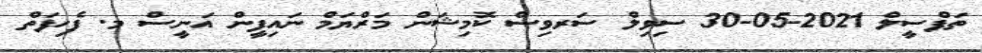
ތަފްސީލް 2021-05-30 ސިވިލް ސަރވިސް ކޮމިޝަން މަރްޔަމް ނައިފީން އަނީސް މ. ފެހިފަތް